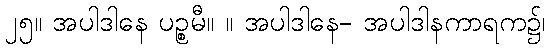
၂၅။ အပါဒါနေ ပဉ္စမီ။ ။ အပါဒါနေ- အပါဒါနကာရက၌၊